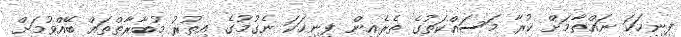
ފިނިހަކަ ނައްތާމަށް ކުރާ މަސައްކަތުގެ ތެރެއިން ފިނިހަކަ ނެގުމުގެ އިތުރު މުބާރާތްތައް ބޭއްވުމަށް